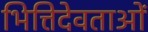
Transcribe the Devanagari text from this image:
भित्तिदेवताओं